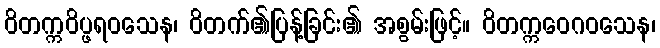
ဝိတက္ကဝိပ္ဖရဝသေန၊ ဝိတက်၏ပြန့်ခြင်း၏ အစွမ်းဖြင့်။ ဝိတက္ကဝေဂဝသေန၊